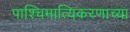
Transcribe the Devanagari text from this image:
पाश्चिमात्यिकरणाच्या